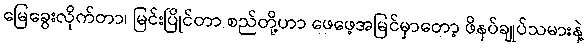
မြေခွေးလိုက်တာ၊ မြင်းပြိုင်တာ စည်တို့ဟာ ဖေဖေ့အမြင်မှာတော့ ဖိနပ်ချုပ်သမားနဲ့